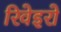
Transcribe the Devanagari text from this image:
रिवेइरो